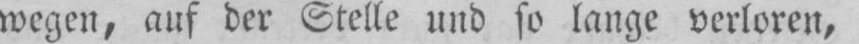
wegen, auf der Stelle und so lange verloren,